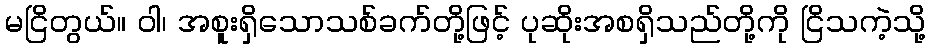
မငြိတွယ်။ ဝါ၊ အစူးရှိသောသစ်ခက်တို့ဖြင့် ပုဆိုးအစရှိသည်တို့ကို ငြိသကဲ့သို့